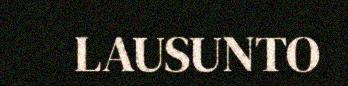
LAUSUNTO